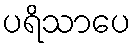
ပရိသာပေ